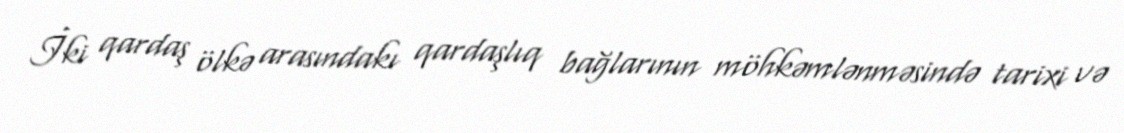
İki qardaş ölkə arasındakı qardaşlıq bağlarının möhkəmlənməsində tarixi və